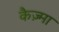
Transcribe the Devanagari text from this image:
कैज़्मा